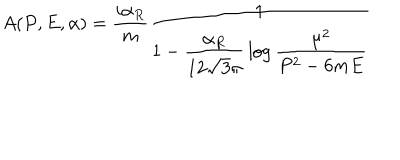
A ( P , E , \alpha ) = { \frac { i \alpha _ { R } } { m } } { \frac { 1 } { 1 - \displaystyle { \frac { \alpha _ { R } } { 1 2 \sqrt { 3 } \pi } } \log \displaystyle { { \frac { \mu ^ { 2 } } { P ^ { 2 } - 6 m E } } } } }